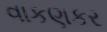
વાકણકર